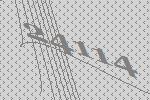
24114